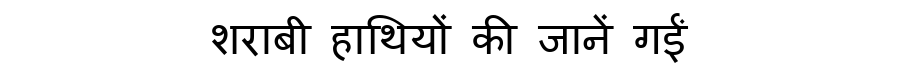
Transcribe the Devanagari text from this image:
शराबी हाथियों की जानें गईं